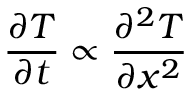
\frac { \partial T } { \partial t } \propto \frac { \partial ^ { 2 } T } { \partial x ^ { 2 } }